Burma Government Medical School reports 1923-41
Year: 1923
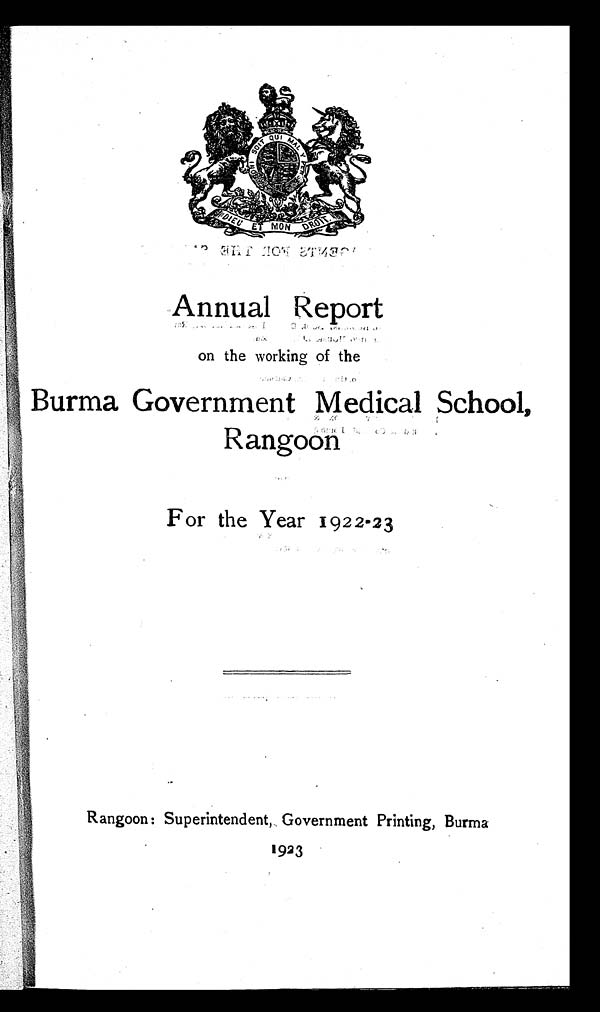
Annual Report
on the working of the
Burma Government Medical School,
Rangoon
For the Year 1922-23
Rangoon: Superintendent, Government Printing, Burma
1923